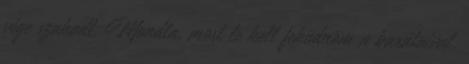
vége szakadt. Mondta, most le kell feküdnöm a barátaival,